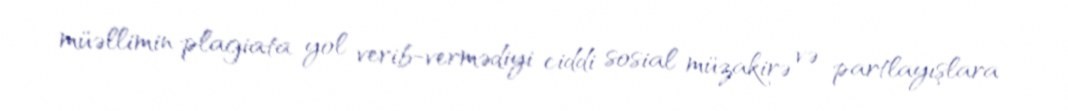
müəllimin plagiata yol verib-vermədiyi ciddi sosial müzakirə və partlayışlara